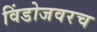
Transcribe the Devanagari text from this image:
विंडोजवरच